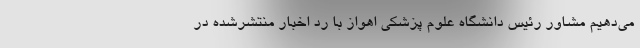
می‌دهیم مشاور رئیس دانشگاه علوم پزشکی اهواز با رد اخبار منتشرشده در